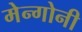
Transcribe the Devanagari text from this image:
मेन्गोनी